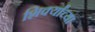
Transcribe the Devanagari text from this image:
शिर्क्यांच्या